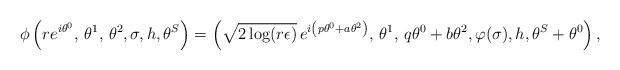
LaTeX: \begin{align*} \phi \left( r e^{i \theta^0}, \, \theta^1, \, \theta^2, \sigma, h, \theta^S \right) = \left( \sqrt{ 2 \log(r \epsilon )} \, e^{i \left( p\theta^0 + a \theta^2 \right)}, \, \theta^1, \, q\theta^0 + b\theta^2, \varphi (\sigma), h, \theta^S + \theta^0 \right),\end{align*}